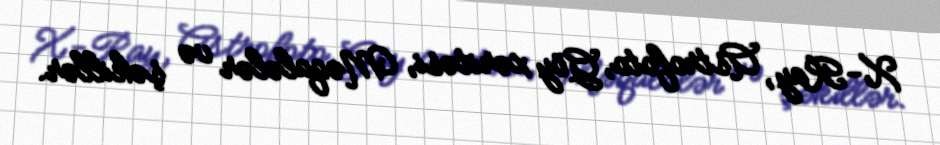
X-Ray, Astrofoto, Göy xəritəsi, Məqalələr və şəkillər.